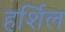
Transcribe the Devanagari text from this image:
हर्शिल